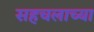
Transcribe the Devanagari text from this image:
सहचलाच्या